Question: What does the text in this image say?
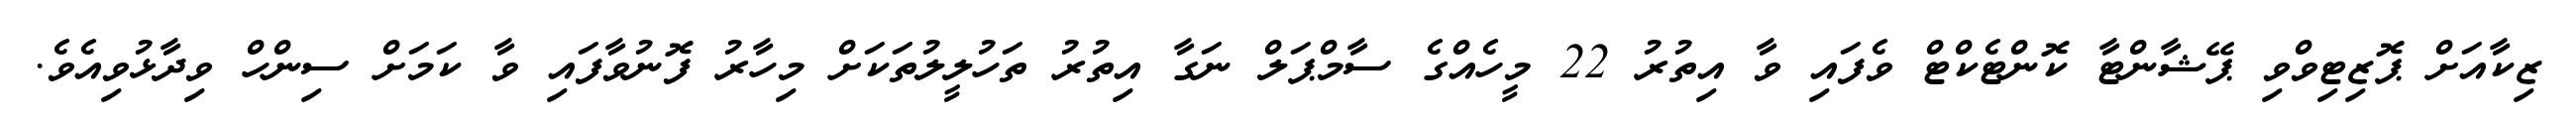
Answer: ޒިކާއަށް ޕޮޒިޓިވްވި ޕޭޝާންޓާ ކޮންޓެކްޓް ވެފައި ވާ އިތުރު 22 މީހެއްގެ ސާމްޕަލް ނަގާ އިތުރު ތަހުލީލުތަކަށް މިހާރު ފޮނުވާފައި ވާ ކަމަށް ސިންހް ވިދާޅުވިއެވެ.